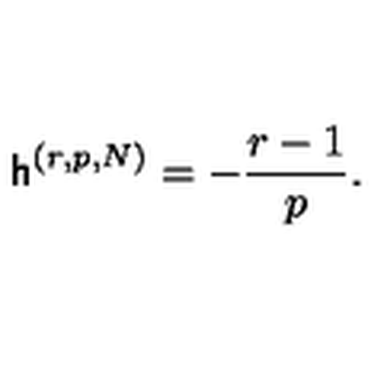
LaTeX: \mathsf { h } ^ { ( r , p , N ) } = - \frac { r - 1 } { p } .